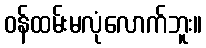
ဝန်ထမ်းမလုံလောက်ဘူး။